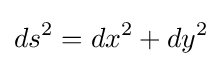
ds^{2}=dx^{2}+dy^{2}